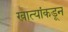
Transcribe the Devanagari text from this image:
खात्यांकडून